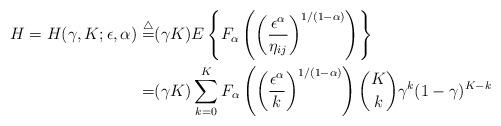
LaTeX: \begin{align*}H=H(\gamma,K;\epsilon,\alpha) \overset{\bigtriangleup}{=}& (\gamma K)E\left\{F_\alpha\left(\left(\frac{\epsilon^\alpha}{\eta_{ij}}\right)^{1/(1-\alpha)}\right)\right\}\\=& (\gamma K)\sum_{k=0}^{K} F_\alpha\left(\left(\frac{\epsilon^\alpha}{k}\right)^{1/(1-\alpha)}\right) \binom{K}{k}\gamma^k(1-\gamma)^{K-k}\end{align*}